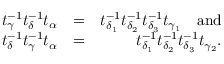
\begin{array} { r l r } { t _ { \gamma } ^ { - 1 } t _ { \delta } ^ { - 1 } t _ { \alpha } } & { = } & { t _ { \delta _ { 1 } } ^ { - 1 } t _ { \delta _ { 2 } } ^ { - 1 } t _ { \delta _ { 3 } } ^ { - 1 } t _ { \gamma _ { 1 } } \quad \mathrm { a n d } } \\ { t _ { \delta } ^ { - 1 } t _ { \gamma } ^ { - 1 } t _ { \alpha } } & { = } & { t _ { \delta _ { 1 } } ^ { - 1 } t _ { \delta _ { 2 } } ^ { - 1 } t _ { \delta _ { 3 } } ^ { - 1 } t _ { \gamma _ { 2 } } . } \end{array}